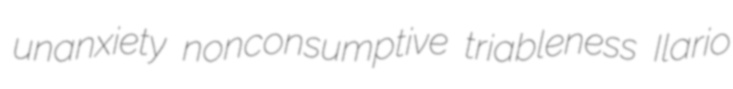
unanxiety nonconsumptive triableness Ilario